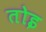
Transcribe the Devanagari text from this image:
तोइ